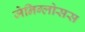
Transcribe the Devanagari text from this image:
जेनिग्लोसस